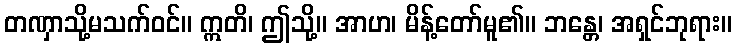
တဏှာသို့မသက်ဝင်။ ဣတိ၊ ဤသို့။ အာဟ၊ မိန့်တော်မူ၏။ ဘန္တေ၊ အရှင်ဘုရား။